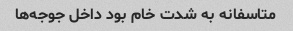
متاسفانه به شدت خام بود داخل جوجه‌ها